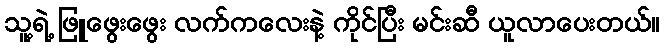
သူ့ရဲ့ ဖြူဖွေးဖွေး လက်ကလေးနဲ့ ကိုင်ပြီး မင်းဆီ ယူလာပေးတယ်။